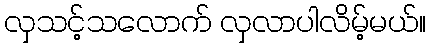
လှသင့်သလောက် လှလာပါလိမ့်မယ်။